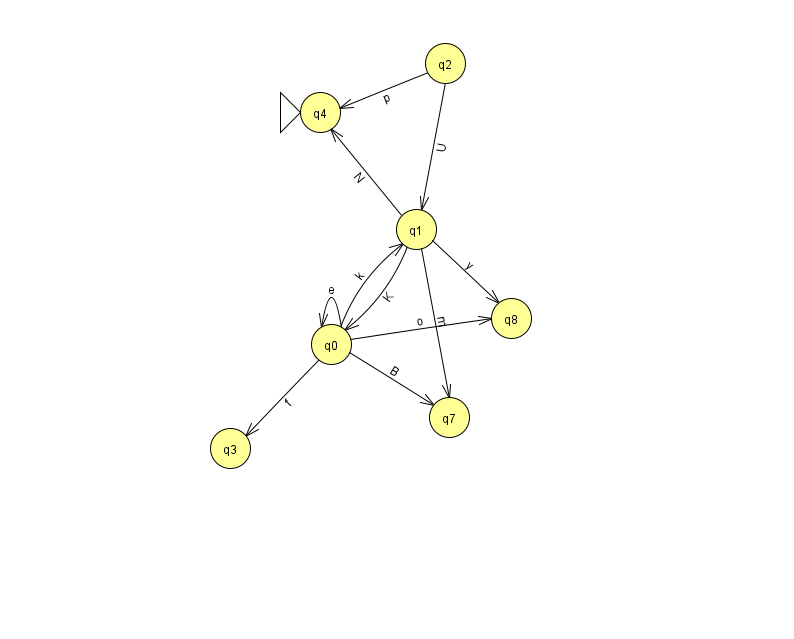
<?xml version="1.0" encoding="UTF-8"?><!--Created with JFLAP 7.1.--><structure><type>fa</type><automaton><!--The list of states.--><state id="0" name="q0"><x>331.0</x><y>331.0</y></state><state id="1" name="q1"><x>416.0</x><y>216.0</y></state><state id="2" name="q2"><x>445.0</x><y>50.0</y></state><state id="3" name="q3"><x>230.0</x><y>435.0</y></state><state id="4" name="q4"><x>320.0</x><y>99.0</y><initial/></state><state id="7" name="q7"><x>449.0</x><y>404.0</y></state><state id="8" name="q8"><x>511.0</x><y>305.0</y></state><!--The list of transitions.--><transition><from>1</from><to>4</to><read>N</read></transition><transition><from>0</from><to>3</to><read>f</read></transition><transition><from>0</from><to>8</to><read>o</read></transition><transition><from>2</from><to>1</to><read>U</read></transition><transition><from>0</from><to>7</to><read>B</read></transition><transition><from>0</from><to>0</to><read>e</read></transition><transition><from>1</from><to>8</to><read>y</read></transition><transition><from>0</from><to>1</to><read>k</read></transition><transition><from>1</from><to>0</to><read>K</read></transition><transition><from>2</from><to>4</to><read>p</read></transition><transition><from>1</from><to>7</to><read>m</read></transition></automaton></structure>